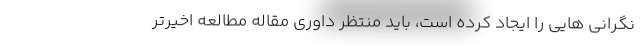
نگرانی هایی را ایجاد کرده است، باید منتظر داوری مقاله مطالعه اخیرتر